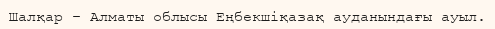
Шалқар – Алматы облысы Еңбекшіқазақ ауданындағы ауыл.